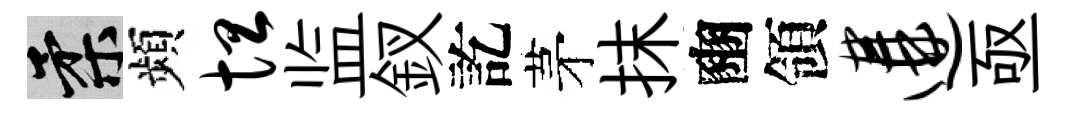
柔頻坦监釵訖茅抹豳領遘亟